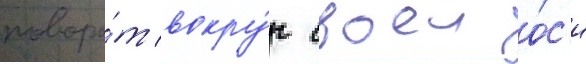
поворо́т вокру́г своеи о́с'и